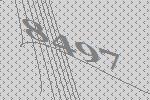
8497